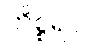
ကိစ္စရပ်